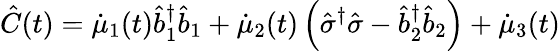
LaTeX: \hat{C}(t)=\dot{\mu}_{1}(t)\hat{b}_{1}^{\dagger}\hat{b}_{1}+\dot{\mu}_{2}(t)\left(\hat{\sigma}^{\dagger}\hat{\sigma}-\hat{b}_{2}^{\dagger}\hat{b}_{2}\right)+\dot{\mu}_{3}(t)